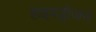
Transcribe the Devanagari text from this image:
हाइदड्रोजन